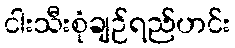
ငါးသီးစုံချဉ်ရည်ဟင်း